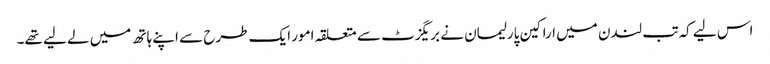
اس لیے کہ تب لندن میں اراکین پارلیمان نے بریگزٹ سے متعلقہ امور ایک طرح سے اپنے ہاتھ میں لے لیے تھے۔